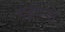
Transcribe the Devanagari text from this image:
एईएस